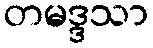
တမဒ္ဒသာ